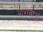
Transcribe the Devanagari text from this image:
थारावाडों